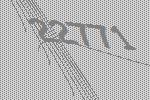
22771